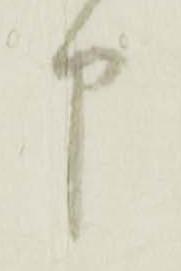
申